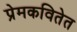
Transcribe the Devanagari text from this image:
प्रेमकवितेत